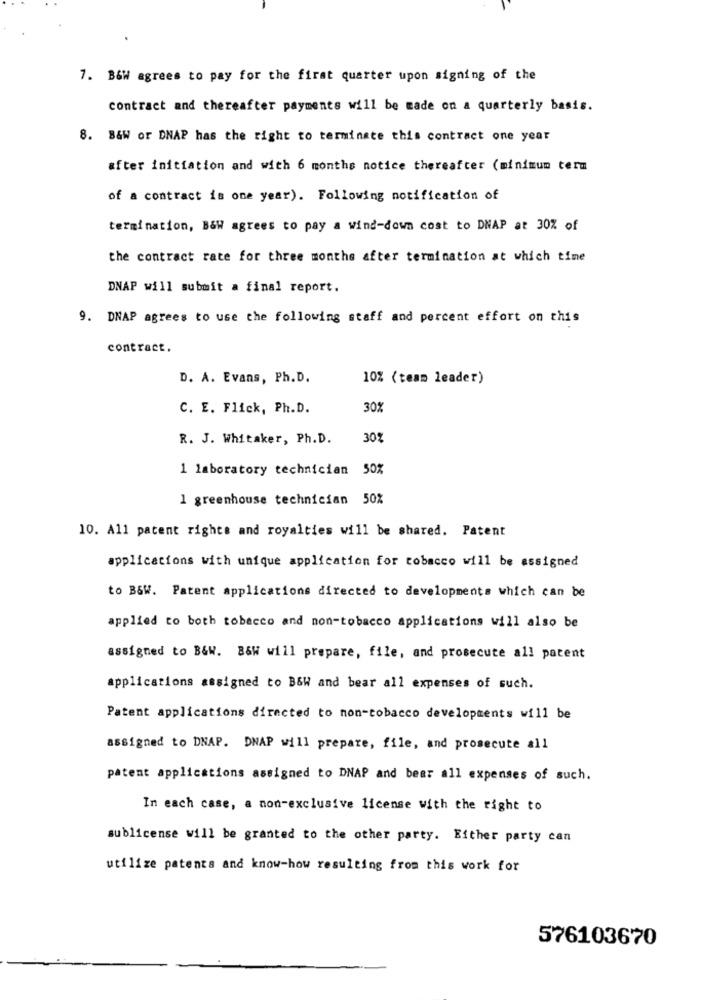
7. B&W agrees to pay for the first quarter upon signing of the
contract and thereafter payments will be made on a quarterly basis.
8. B&W or DNAP has the right to terminate this contract one year
after initiation and with 6 months notice thereafter (minimum term
of a contract is one year). Following notification of
termination, B&W agrees to pay a wind-down cost to DNAP at 30% of
the contract rate for three months after termination at which time
DNAP will submit a final report.
9. DNAP agrees to use the following staff and percent effort on this
contract.
D. A. Evans, Ph.D.
10% (team leader)
C. E. Flick, Ph.D.
30%
R. J. Whitaker, Ph.D.
30%
1 laboratory technician 50%
1 greenhouse technician 50%
10. All patent rights and royalties will be shared. Patent
applications with unique application for tobacco will be assigned
to B&W. Patent applications directed to developments which can be
applied to both tobacco and non-tobacco applications will also be
assigned to B&W. B&W will prepare, file, and prosecute all patent
applications assigned to B&W and bear all expenses of such.
Patent applications directed to non-tobacco developments will be
assigned to DNAP. DNAP will prepare, file, and prosecute all
patent applications assigned to DNAP and bear all expenses of such.
In each case, a non-exclusive license with the right to
sublicense will be granted to the other party. Either party can
utilize patents and know-how resulting from this work for
576103670